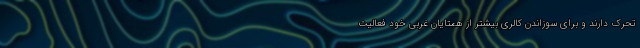
تحرک دارند و برای سوزاندن کالری بیشتر از همتایان غربی خود فعالیت